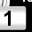
Digit: 1